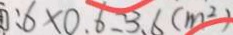
: 6 \times 0 . 6 = 3 . 6 ( m ^ { 2 } )